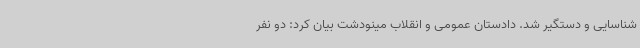
شناسایی و دستگیر شد. دادستان عمومی و انقلاب مینودشت بیان کرد: دو نفر